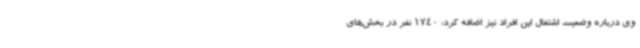
وی درباره وضعیت اشتغال این افراد نیز اضافه کرد: 1740 نفر در بخش‌های